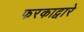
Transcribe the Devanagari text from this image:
फरकाद्वारे